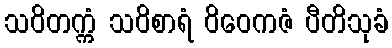
သဝိတက္ကံ သဝိစာရံ ဝိဝေကဇံ ပီတိသုခံ